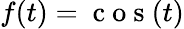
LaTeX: f(t)=\mathrm{~c~o~s~}(t)